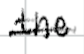
Text: the
Cross-out: single-line
Writing tool: digital_black